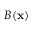
B ( \mathbf { x } )